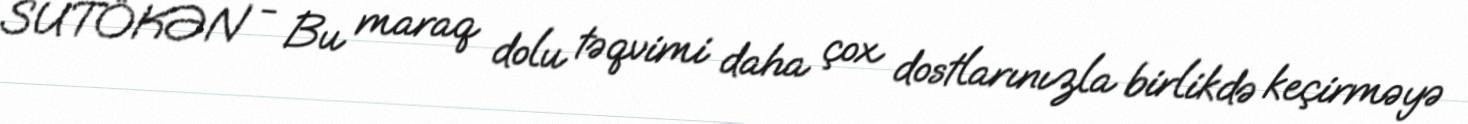
SUTÖKƏN - Bu maraq dolu təqvimi daha çox dostlarınızla birlikdə keçirməyə